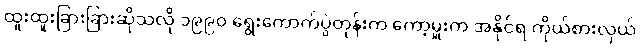
ထူးထူးခြားခြားဆိုသလို ၁၉၉၀ ရွေးကောက်ပွဲတုန်းက ကော့မှူးက အနိုင်ရ ကိုယ်စားလှယ်